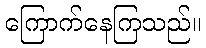
ကြောက်နေကြသည်။